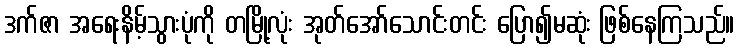
ဒက်ဇာ အရေးနိမ့်သွားပုံကို တမြို့လုံး အုတ်အော်သောင်းတင်း ပြော၍မဆုံး ဖြစ်နေကြသည်။